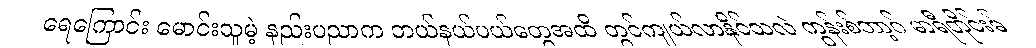
ရေကြောင်း မောင်းသူမဲ့ နည်းပညာက ဘယ်နယ်ပယ်တွေအထိ တွင်ကျယ်လာနိုင်သလဲ ကွန်းစ်ဘာ့ဂ် မာရီတိုင်းမ်